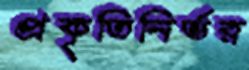
প্রকৃতিনির্ভর